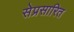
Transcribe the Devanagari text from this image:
सेप्रसारित